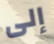
إلى